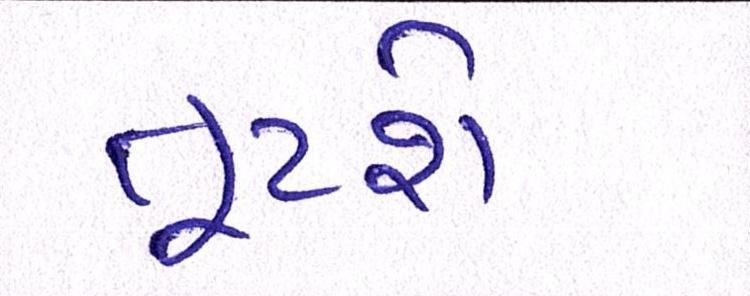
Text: તૂટશે